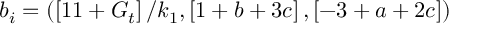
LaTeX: b _ { i } = \left( \left[ 1 1 + G _ { t } \right] / k _ { 1 } , \left[ 1 + b + 3 c \right] , \left[ - 3 + a + 2 c \right] \right)